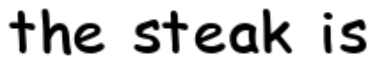
the steak is